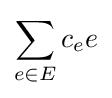
\sum _{e\in E}c_{e}e